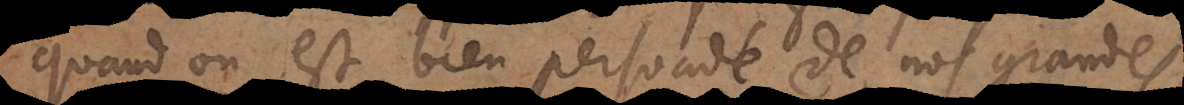
quand on est bien persuadé de nos grandes